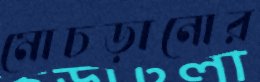
মোচড়ানোর